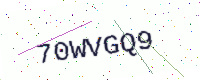
Text: 70WVGQ9